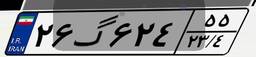
۰۸گ۰۵۸۹۸